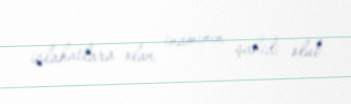
islahatlara olan inamının şahidi olub.